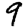
Digit: 9